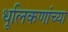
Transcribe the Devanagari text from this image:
धूलिकणांच्या